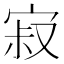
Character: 寂